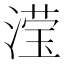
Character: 滢